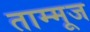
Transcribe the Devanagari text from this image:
ताम्मूज